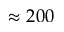
\approx 2 0 0